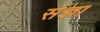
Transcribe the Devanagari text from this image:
संंज्ञा